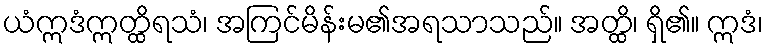
ယံဣဒံဣတ္ထိရသံ၊ အကြင်မိန်းမ၏အရသာသည်။ အတ္ထိ၊ ရှိ၏။ ဣဒံ၊